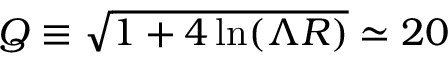
Q \equiv \sqrt { 1 + 4 \ln ( \Lambda R ) } \simeq 2 0